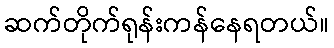
ဆက်တိုက်ရုန်းကန်နေရတယ်။